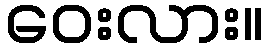
ဝေးလား။